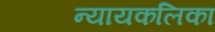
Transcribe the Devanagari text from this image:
न्यायकलिका